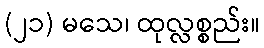
(၂၁) မသေ၊ ထုလ္လစ္စည်း။